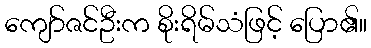
ကျော်ဇင်ဦးက စိုးရိမ်သံဖြင့် ပြော၏။